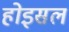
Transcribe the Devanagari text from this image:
होइसल